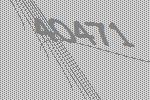
40471